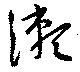
瀬